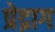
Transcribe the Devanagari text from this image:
प्रेद्राग